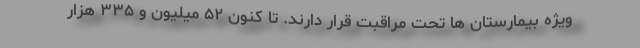
ویژه بیمارستان ها تحت مراقبت قرار دارند. تا کنون ۵۲ میلیون و ۳۳۵ هزار